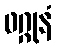
ဖဂ္ဂုနံ